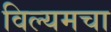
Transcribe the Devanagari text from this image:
विल्यमचा